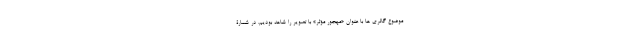
موضوع گالری ها با عنوان «مهجور مؤثر» با تصویر را شاهد بودیم. در شمارۀ